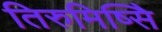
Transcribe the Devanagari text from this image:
तिरुमिष्सिे